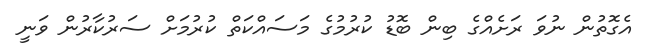
އެގޮތުން ނުވަ ރަށެއްގެ ބިން ބޮޑު ކުރުމުގެ މަސައްކަތް ކުރުމަށް ސަރުކާރުން ވަނީ